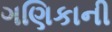
ગણિકાની